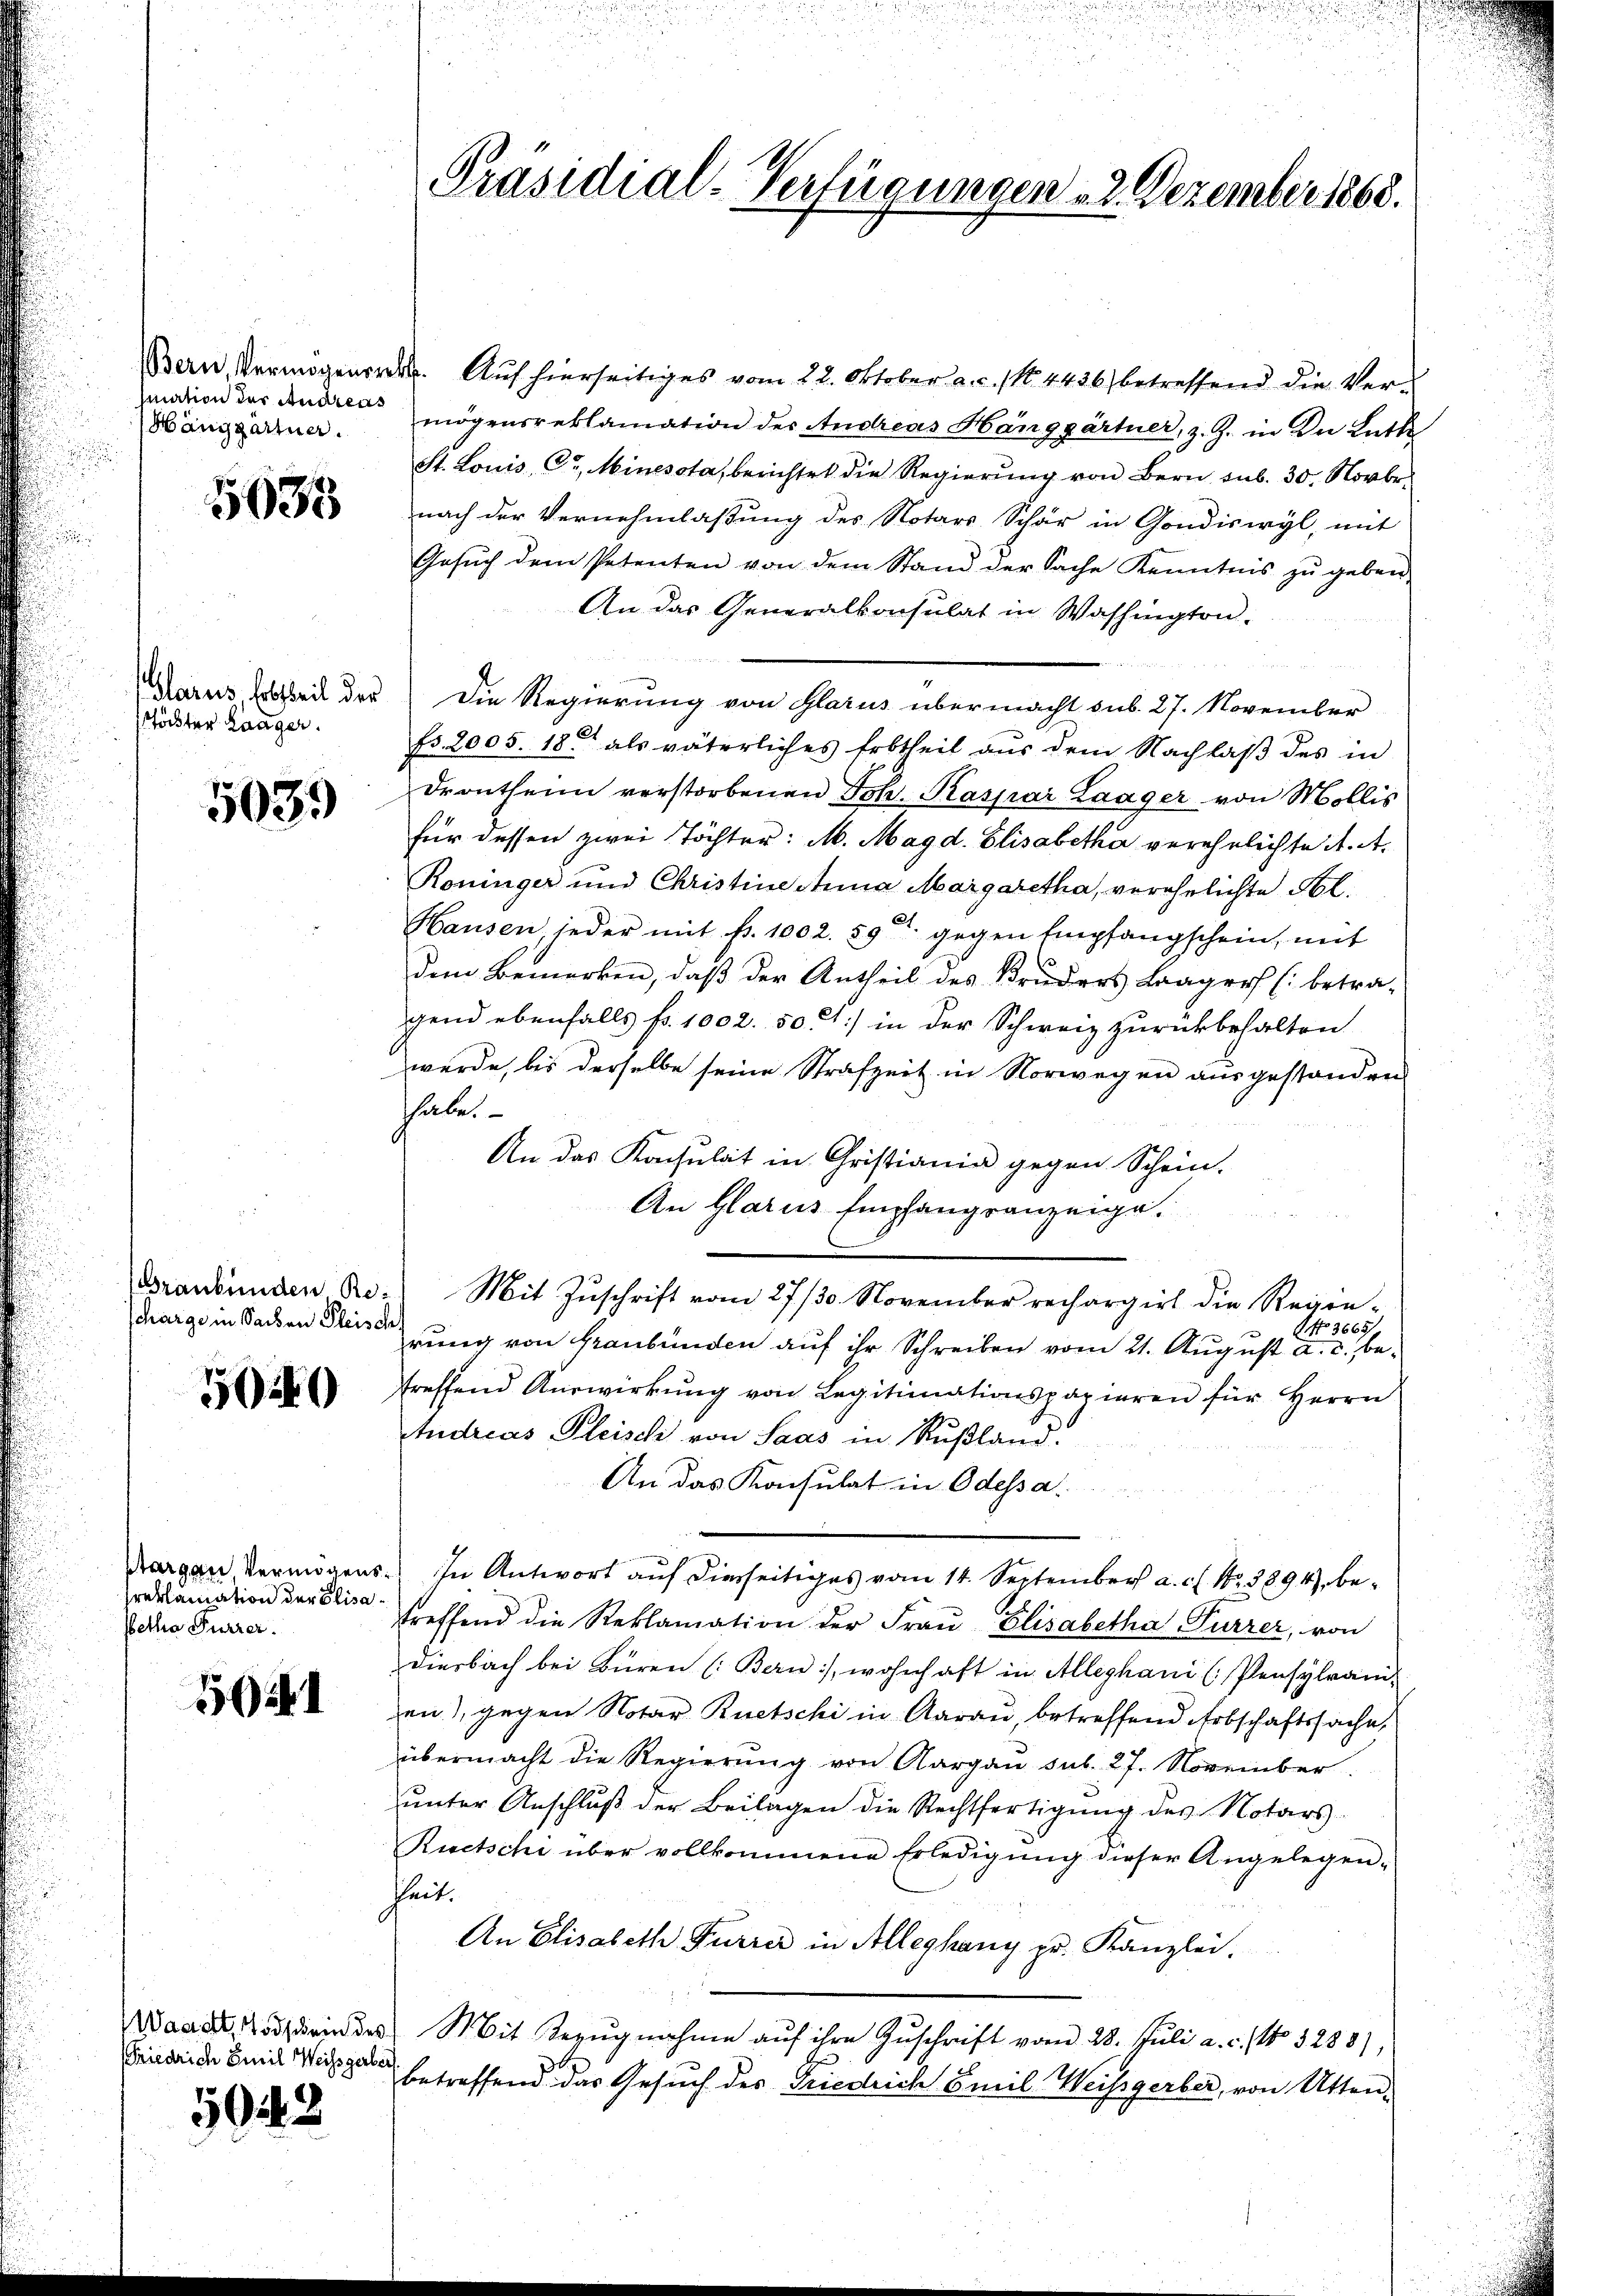
siation der Andreas
Hänggartner.

5635

töchter Laager.

5039

Scharge in Sachen Fleische

5040

reklamation der Elisa
Petha Furrer.

502. 1

Friedrich Emil Weissgerbert.

5022

Bern, Vermögensdat. Auf hierseitiges vom 22. Oktober a. c. (N. 4426 betreffend die Vermögensreklamation der Andreas Hänggärtner, z. Z. in der Lutte
St. Louis, C. Minesota, berichtet die Regierŭng von Bern sub. 30. Novbr.
nach der Vernehmlaßung des Notars Schär in Gondiswyl, mit
Gesuch dem Petenten von dem Stand der Sache Kenntnis zu geben
An das Generalkonsulat in Washington.
Marus Arbeit der Die Regierung von Glarus übermacht sub. 27. November
fs. 2005. 18 als väterliches Erbtheil aus dem Nachlaß des in
Drontheim verstorbenen Joh. Kaspar Laager von Mollis
für dessen zwei Töchter: M. Magd. Elisabetha verehrlichte A. A.
Roninger und Christinestina Margaretha, verehelichte Lbl.
Hausen jeder mit fr. 1002. 59 gegen Empfangschein, mit
dem Bemerken, daß der Antheil des Bruders Laagers (betra-
gend ebenfalls fr. 1002. 50. ) in der Schweiz zurückbehalten
werde, bis derselbe seine Strafzeit in Norwegen ausgestanden
hhabe.
An das Kapsulat in Christiania gegen Schein.
An Glarus Empfangsanzeige.
Brandenden Ro. Mit Zŭschrift vom 27./30. November rechargirt die Regie-
No 3665,
rung von Graubünden auf ihr Schreiben vom 21. August a. c., betreffend Auswirkŭng von Legitimationspapieren für Herrn
tudreas Fleisch von Saas in Rußland.
An das Konsulat in Odessa.
Margau, Vermögens. In Antwort auf diesseitiges vom 14. September a. c. No. 3894), ber
treffend die Reklamation der Fraŭ Elisabetha Furrer, von
Diesbach bei Büren (Bern), wohnhaft in Alleghani (Pensylvani-
en), gegen Notar Ruetschi in Aarau, betreffend Erbschaftssache,
übermacht die Regierŭng von Aargau sub. 27. November.
unter Anschluß der Beilagen die Rechtfertigung des Notars
Ruetschi über vollkommene Erledigung dieser Angelegenheit.
An Elisabeth Furrer in Alleghany pr. Kanzlei.
Waare, sein des Mit Bezŭgnahme aŭf ihre Zŭschrift vom 28. Juli a. c. 114. 1288),
betreffend das Gesuch des Friedrich Emil Weisgerber, von Atten-

Präsidial-Verfügungen 22. Dezember 1868.

d